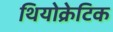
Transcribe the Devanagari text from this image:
थियोक्रेटिक